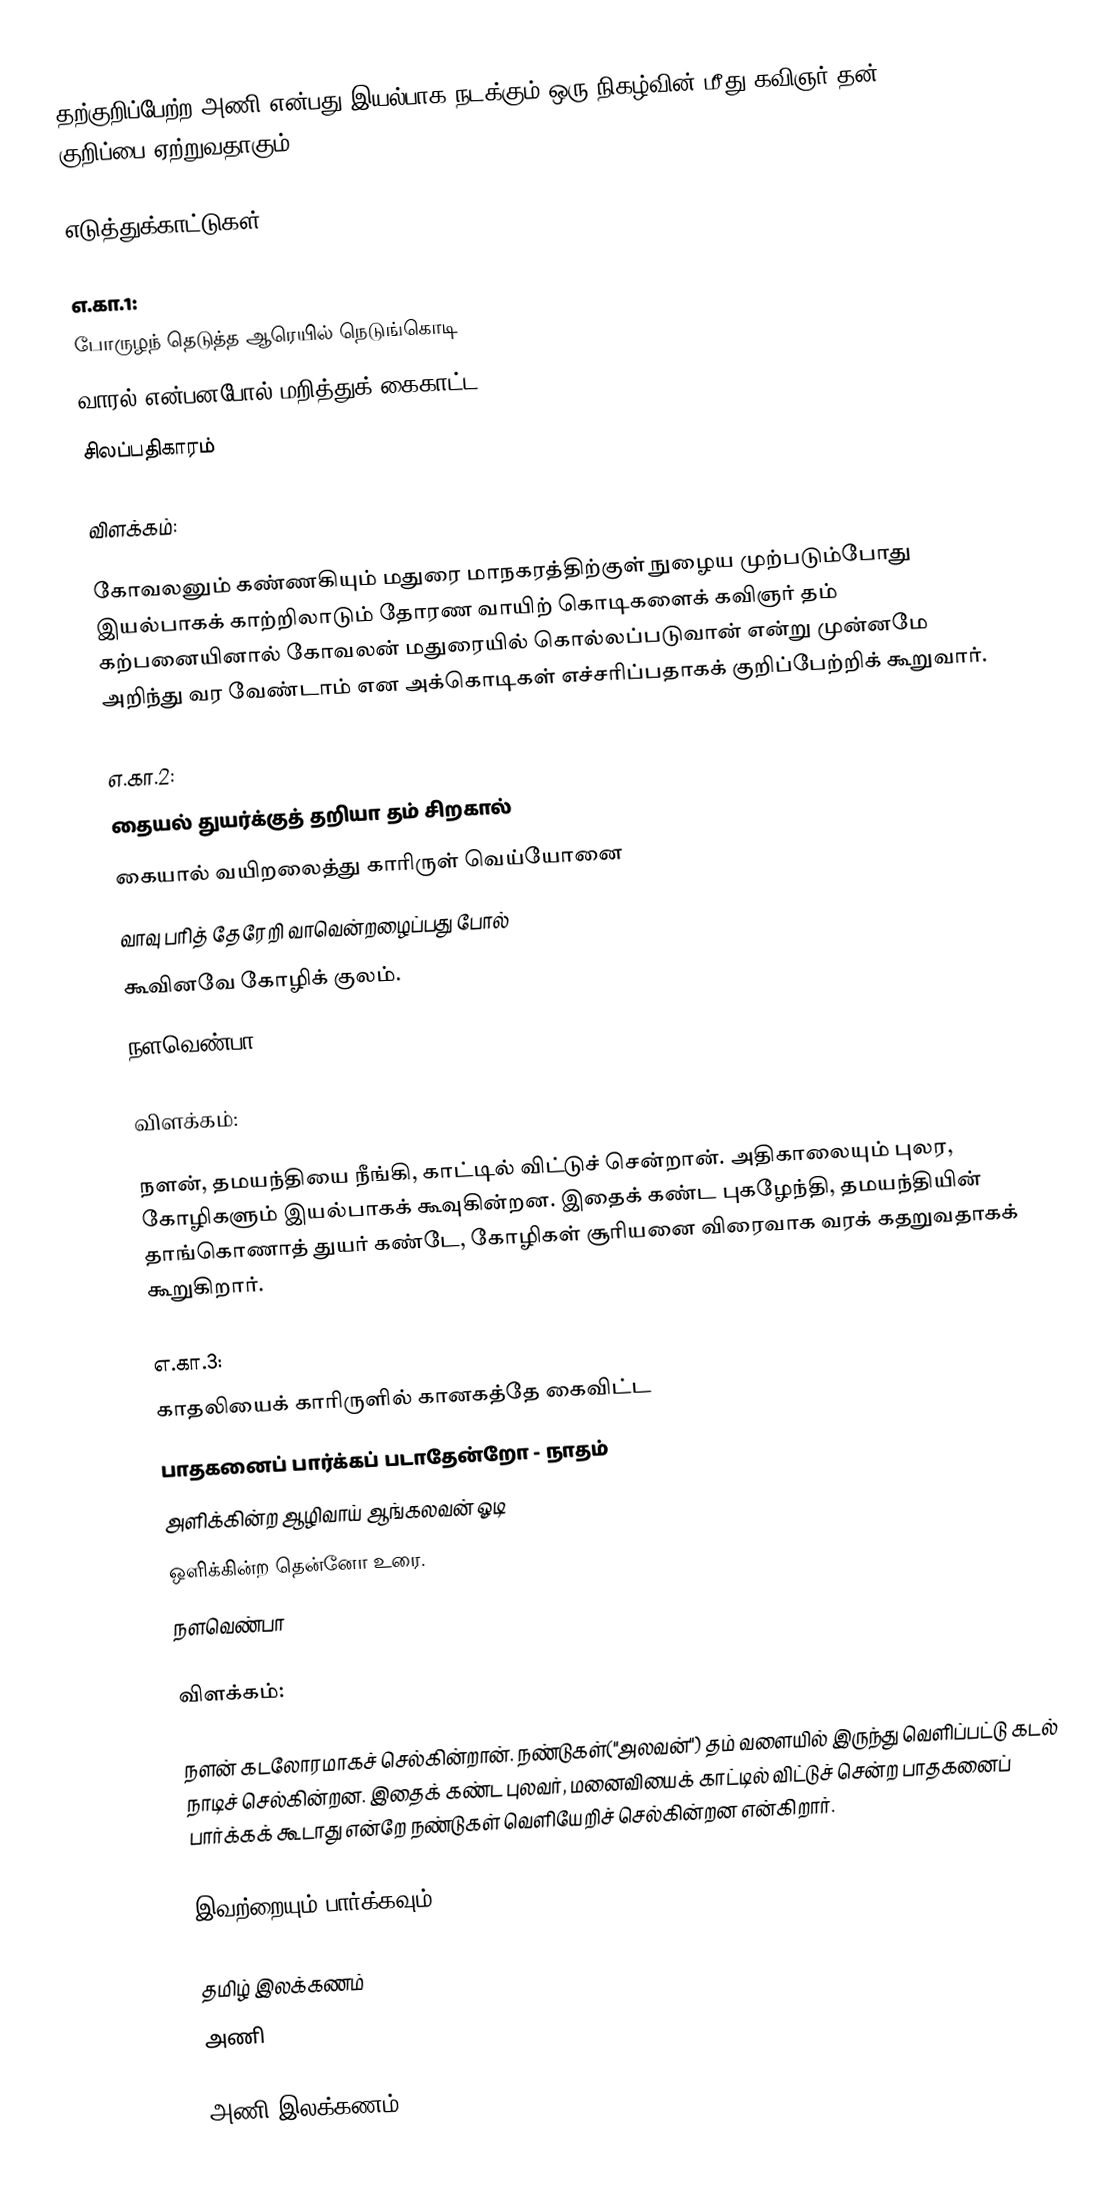
தற்குறிப்பேற்ற அணி என்பது இயல்பாக நடக்கும் ஒரு நிகழ்வின் மீது கவிஞர் தன் குறிப்பை ஏற்றுவதாகும்.

எடுத்துக்காட்டுகள்

எ.கா.1:
போருழந் தெடுத்த ஆரெயில் நெடுங்கொடி
வாரல் என்பனபோல் மறித்துக் கைகாட்ட
                                சிலப்பதிகாரம்

விளக்கம்:

கோவலனும் கண்ணகியும் மதுரை மாநகரத்திற்குள் நுழைய முற்படும்போது  இயல்பாகக் காற்றிலாடும் தோரண வாயிற் கொடிகளைக் கவிஞர் தம் கற்பனையினால் கோவலன்  மதுரையில் கொல்லப்படுவான் என்று முன்னமே அறிந்து வர வேண்டாம் என அக்கொடிகள் எச்சரிப்பதாகக் குறிப்பேற்றிக் கூறுவார்.

எ.கா.2:
தையல் துயர்க்குத் தறியா தம் சிறகால்
கையால் வயிறலைத்து காரிருள் வெய்யோனை
வாவு பரித் தேரேறி வாவென்றழைப்பது போல்
கூவினவே கோழிக் குலம்.
                                நளவெண்பா

விளக்கம்:

நளன், தமயந்தியை நீங்கி, காட்டில் விட்டுச் சென்றான். அதிகாலையும் புலர, கோழிகளும் இயல்பாகக் கூவுகின்றன. இதைக் கண்ட புகழேந்தி, தமயந்தியின் தாங்கொணாத் துயர் கண்டே, கோழிகள்  சூரியனை விரைவாக வரக் கதறுவதாகக் கூறுகிறார்.

எ.கா.3:
 காதலியைக் காரிருளில் கானகத்தே கைவிட்ட
பாதகனைப் பார்க்கப் படாதேன்றோ - நாதம்
அளிக்கின்ற ஆழிவாய் ஆங்கலவன் ஓடி
ஒளிக்கின்ற தென்னோ உரை.
                                நளவெண்பா

விளக்கம்:

நளன் கடலோரமாகச் செல்கின்றான். நண்டுகள்("அலவன்") தம் வளையில் இருந்து வெளிப்பட்டு கடல் நாடிச் செல்கின்றன. இதைக் கண்ட புலவர், மனைவியைக் காட்டில் விட்டுச் சென்ற பாதகனைப் பார்க்கக் கூடாது என்றே நண்டுகள் வெளியேறிச் செல்கின்றன என்கிறார்.

இவற்றையும் பார்க்கவும்

 தமிழ் இலக்கணம்
அணி

அணி இலக்கணம்